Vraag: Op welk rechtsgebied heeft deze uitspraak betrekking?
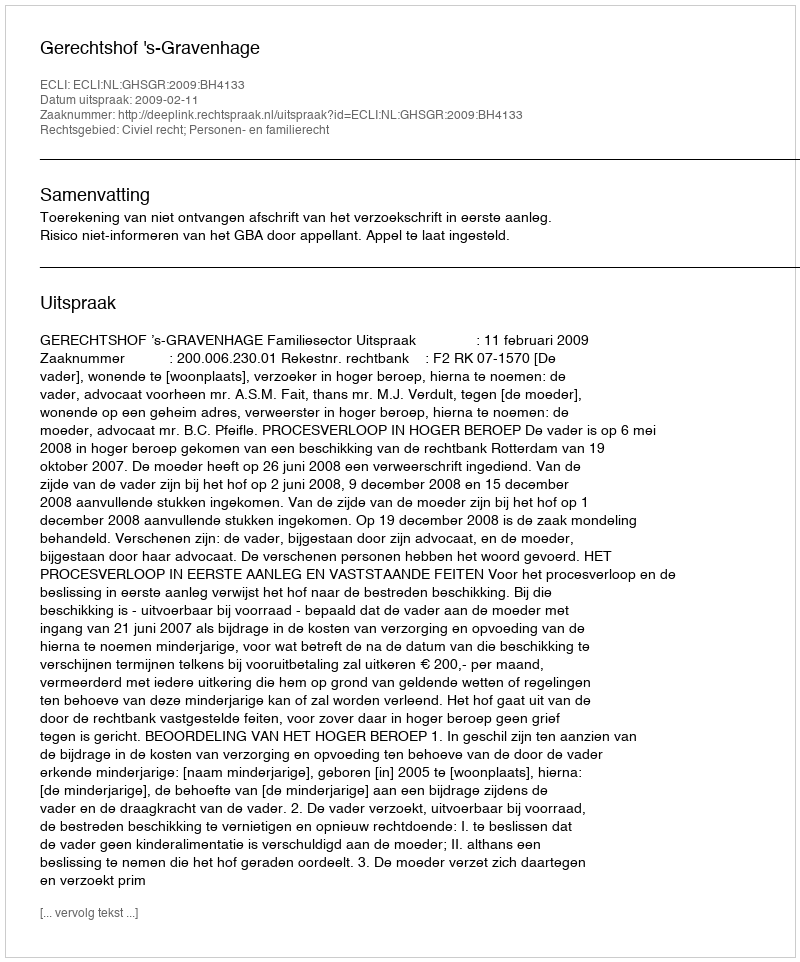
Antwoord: Civiel recht; Personen- en familierecht